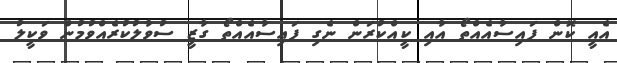
އެއީ ކޮން ފައިސާއެއްތޯ އާއި ކީއްކުރަން ނެގި ފައިސާއެއްތޯ ގާޒީ ސުވާލުކުރެއްވުމުން ވަކީލު